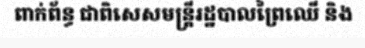
ពាក់ព័ន្ធ ជាពិសេសមន្ត្រីរដ្ឋបាលព្រៃឈើ និង